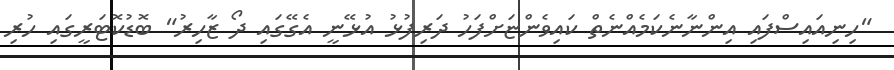
"ހިނިއައިސްފައި އިންނާނެކަމެއްނެތް ކައިވެންޏަށްފަހު ދަރިފުޅު އުޅޭނީ އެގޭގައި ދޯ ޒާހިރު" ބޮޑުކޮޓަރީގައި ހުރި